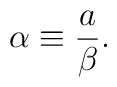
\alpha \equiv \frac{a}{\beta}.